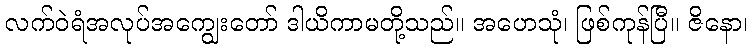
လက်ဝဲရံအလုပ်အကျွေးတော် ဒါယိကာမတို့သည်။ အဟေသုံ၊ ဖြစ်ကုန်ပြီ။ ဇိနော၊